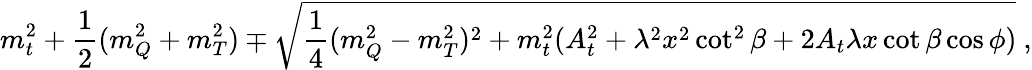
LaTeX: m_{t}^{2}+{\frac{1}{2}}(m_{Q}^{2}+m_{T}^{2})\mp\sqrt{{\frac{1}{4}}(m_{Q}^{2}-m_{T}^{2})^{2}+m_{t}^{2}(A_{t}^{2}+\lambda^{2}x^{2}\cot^{2}\beta+2A_{t}\lambda x\cot\beta\cos\phi)}\ ,